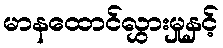
မာနထောင်လွှားမှုနှင့်